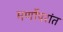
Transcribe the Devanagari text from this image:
मर्णोपरांत